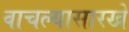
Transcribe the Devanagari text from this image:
वाचल्यासारखे